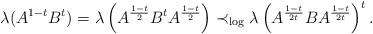
LaTeX: \begin{align*}\lambda(A^{1-t}B^t)=\lambda\left(A^{\frac{1-t}{2}}B^tA^{\frac{1-t}{2}}\right)\prec_{\log}\lambda\left(A^{\frac{1-t}{2t}}BA^{\frac{1-t}{2t}}\right)^t.\end{align*}